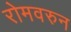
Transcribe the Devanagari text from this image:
रोमवरुन